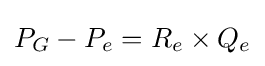
P_{G}-P_{e}=R_{e}\times Q_{e}